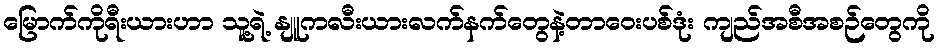
မြောက်ကိုရီးယားဟာ သူ့ရဲ့ နျူကလီးယားလက်နက်တွေနဲ့တာဝေးပစ်ဒုံး ကျည်အစီအစဉ်တွေကို